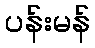
ပန်းမန်